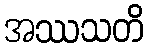
အဿသတိ